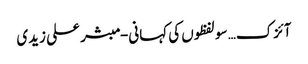
آئزک… سو لفظوں کی کہانی- مبشر علی زیدی